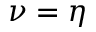
\nu = \eta